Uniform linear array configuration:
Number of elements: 8
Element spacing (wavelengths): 0.5
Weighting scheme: exponential
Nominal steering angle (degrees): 30
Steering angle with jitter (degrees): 30.08
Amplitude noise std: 0.05
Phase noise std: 0.05

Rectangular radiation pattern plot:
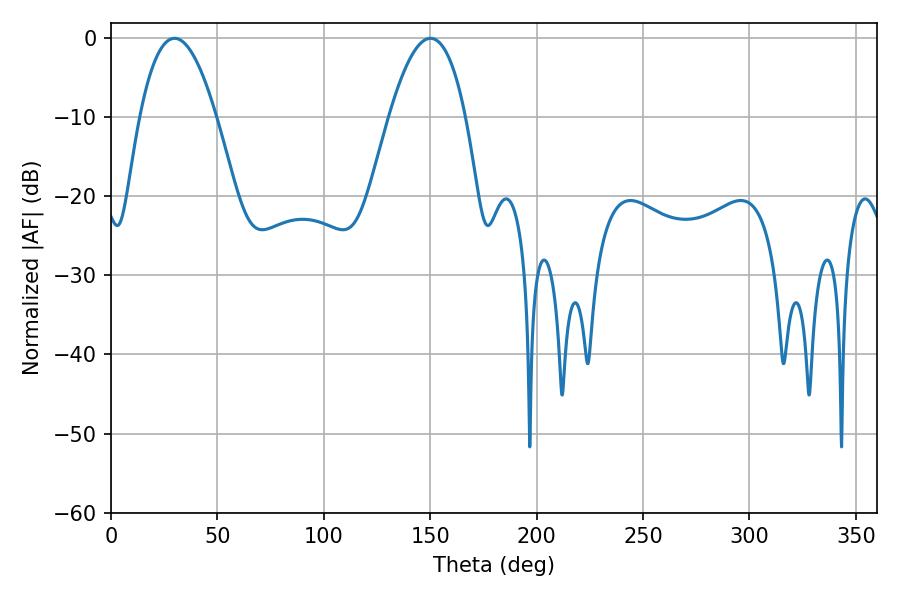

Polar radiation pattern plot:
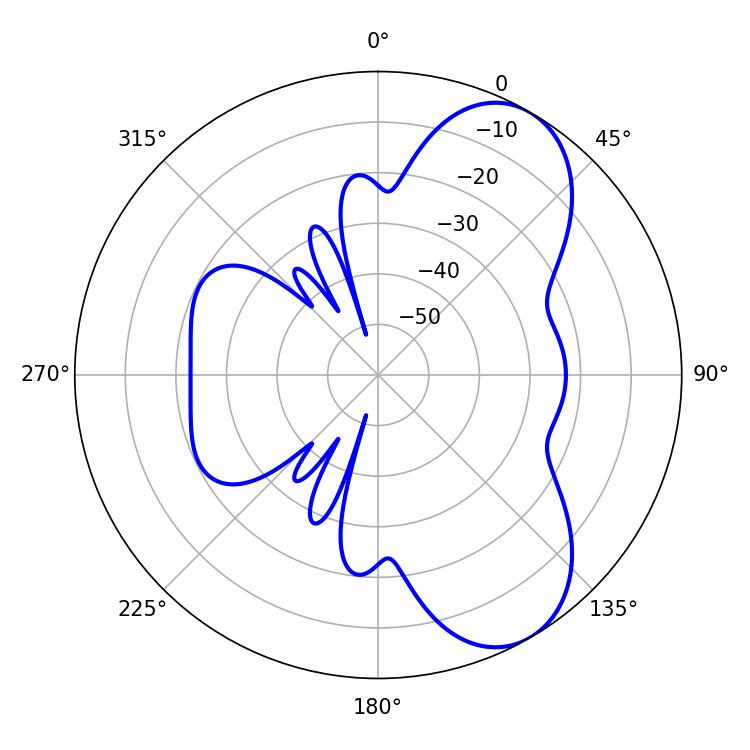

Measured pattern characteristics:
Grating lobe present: FALSE
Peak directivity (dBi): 7.296
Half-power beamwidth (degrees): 19.8
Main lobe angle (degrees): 29.88